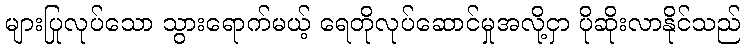
များပြုလုပ်သော သွားရောက်မယ့် ရေတိုလုပ်ဆောင်မှုအလို့ငှာ ပိုဆိုးလာနိုင်သည်